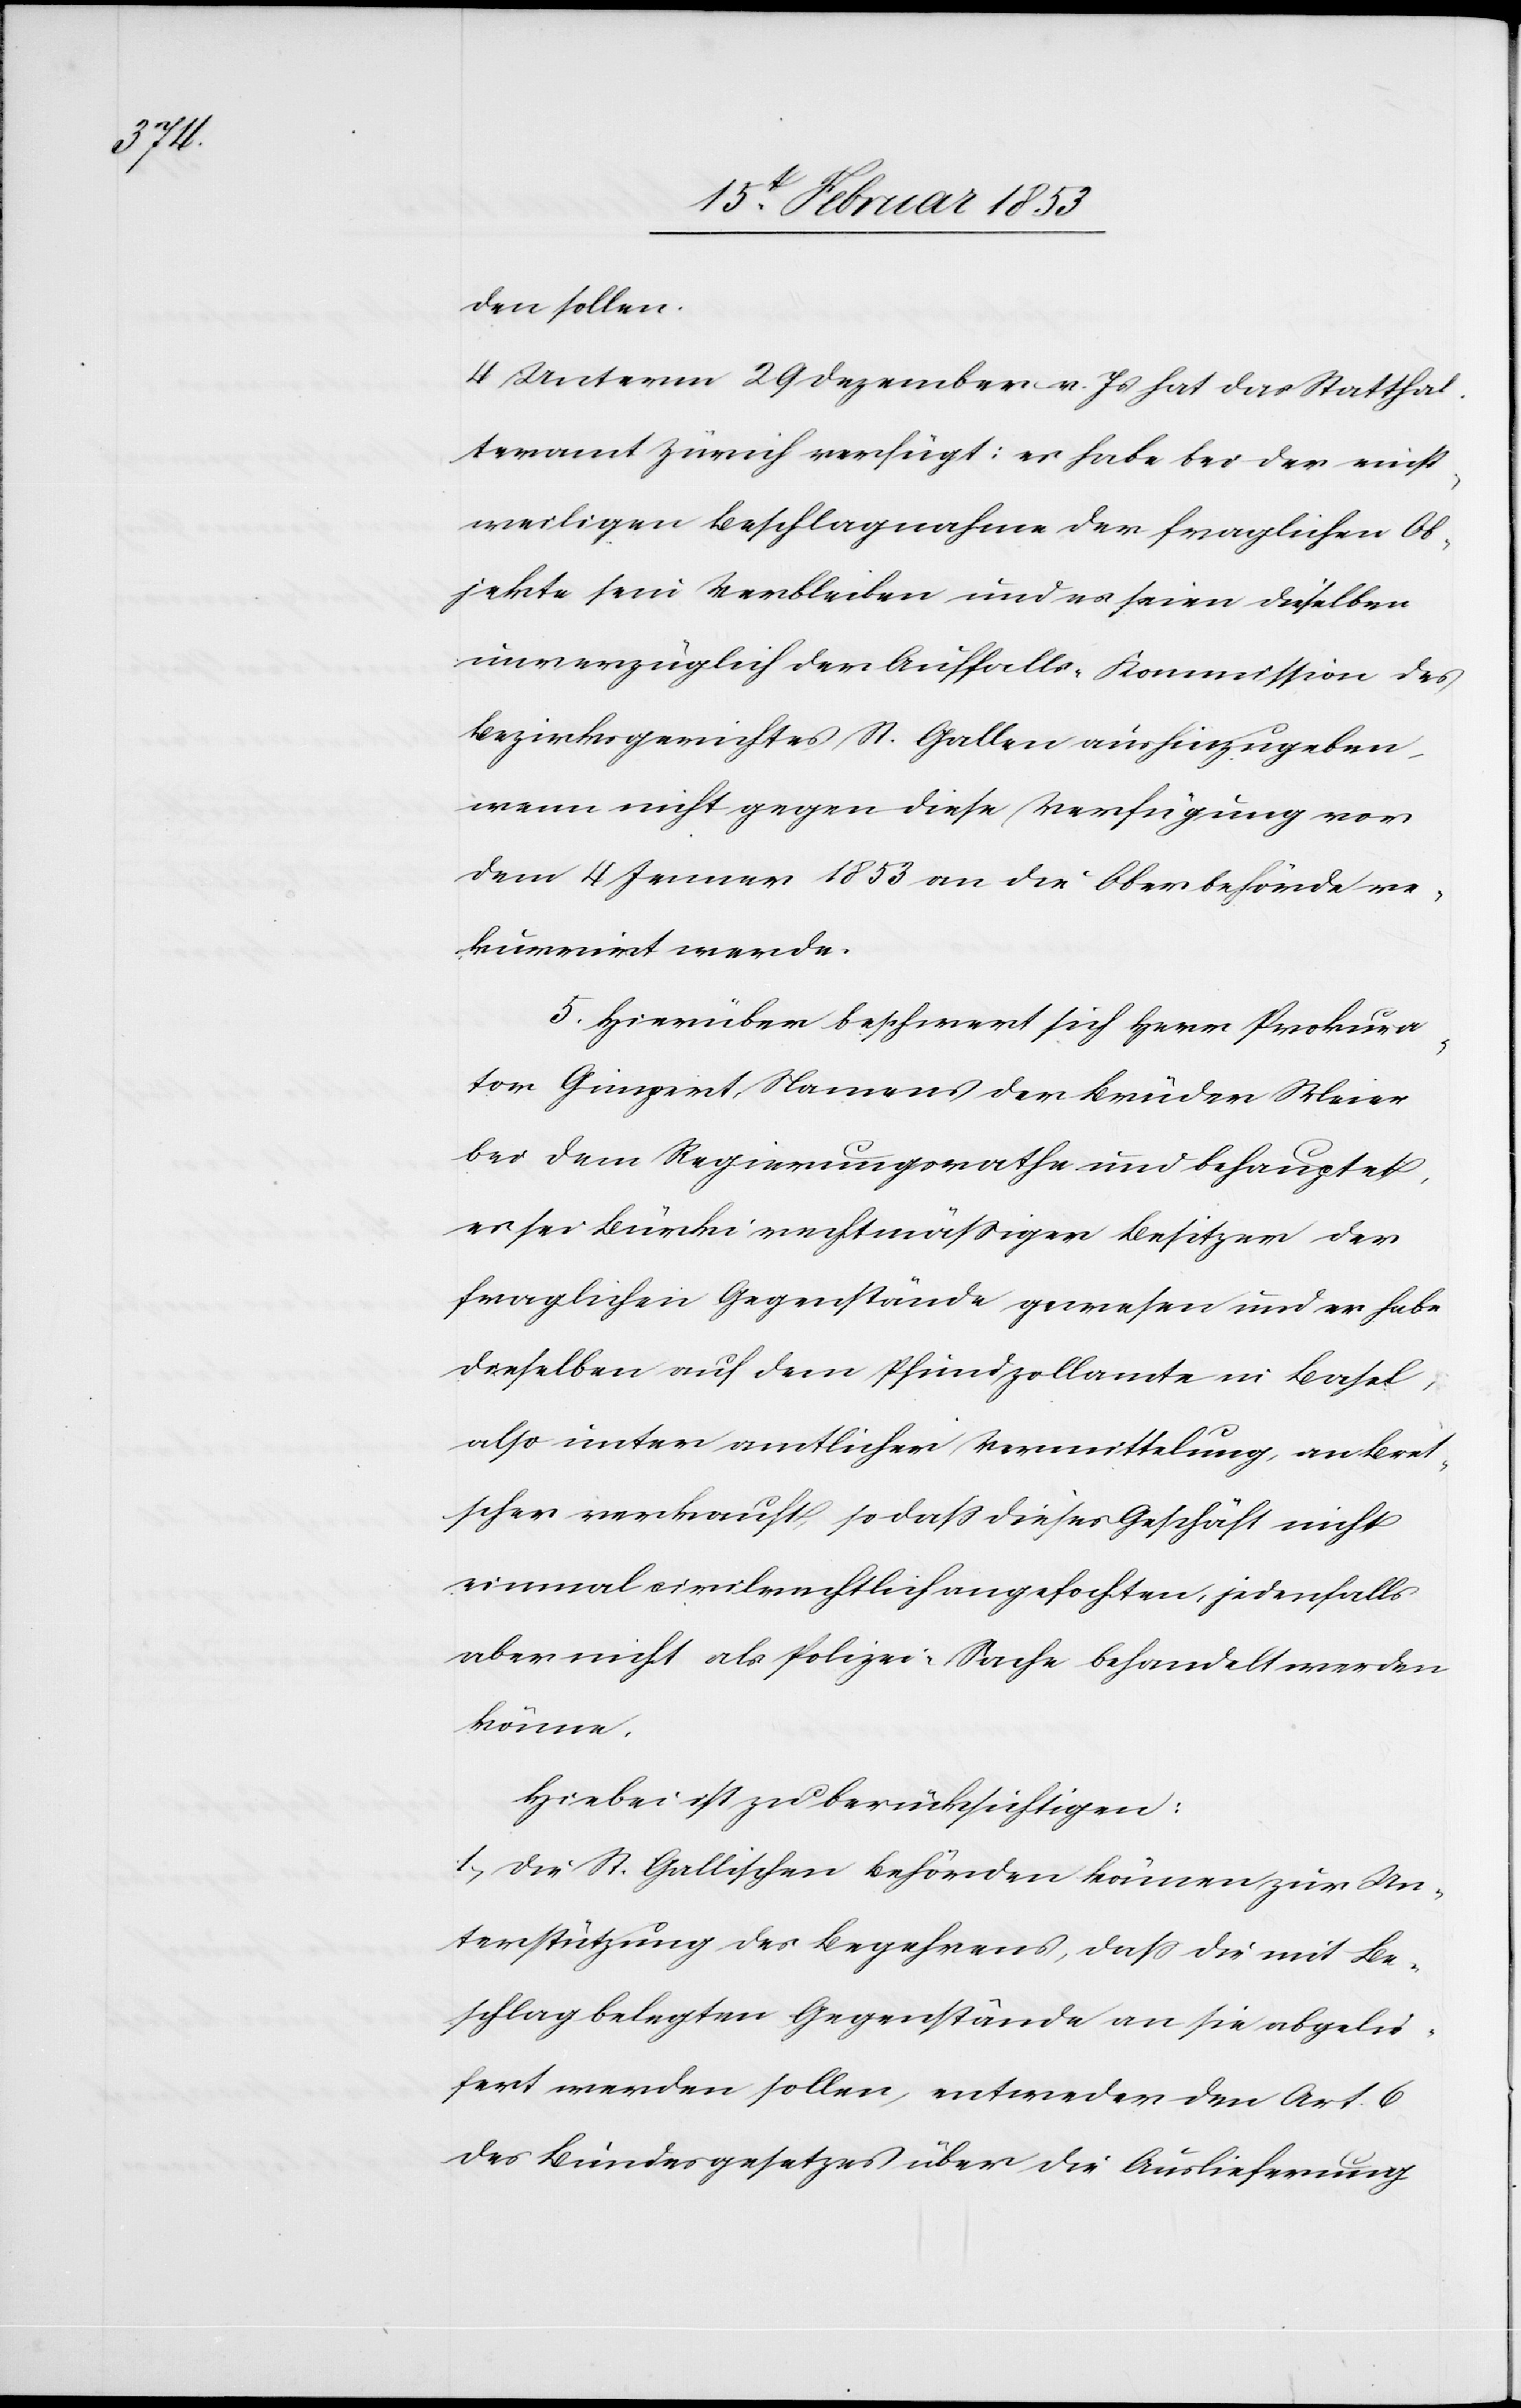
den sollen.
4 Unterm 29 Dezember v. Js. hat das Statthal¬
teramt Zürich verfügt: es habe bei der einst¬
weiligen Beschlagnahme der fraglichen Ob¬
jekte sein Verbleiben und es seien dieselben
unverzüglich der Auffalls-Kommission des
Bezirksgerichtes St. Gallen aushinzugeben,
wenn nicht gegen diese Verfügung vor
dem 4 Jenner 1853 an die Oberbehörde re¬
kurrirt werde.
5. Hierüber beschwert sich Herr Prokura¬
tor Gimpert Namens der Brüder Meier
bei dem Regierungsrathe und behauptet,
es sei der Bürki rechtsmäßiger Besitzer der
fraglichen Gegenstände gewesen und er habe
dieselben auf dem Pfundzollamte in Basel,
also unter amtlicher Vermittlung, an Bret¬
scher verkauft, so daß dieses Geschäft nicht
einmal civilrechtlich angefochten, jedenfalls
aber nicht als Polizei-Sache behandelt werden
könne.
Hiebei ist zu berücksichtigen:
1, Die St. Gallischen Behörden können zur Un¬
terstützung des Begehrens, daß die mit Be¬
schlag belegten Gegenstände an sie abgelie¬
fert werden sollen, entweder den Art. 6
des Bundesgesetzes über die Auslieferung